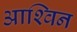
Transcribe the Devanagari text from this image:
आश्‍विन